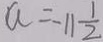
a = - 1 1 \frac { 1 } { 2 }